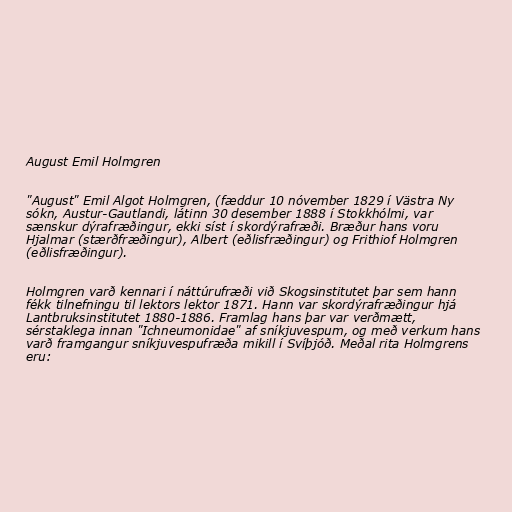
August Emil Holmgren

"August" Emil Algot Holmgren, (fæddur 10 nóvember 1829 í Västra Ny
sókn, Austur-Gautlandi, látinn 30 desember 1888 í Stokkhólmi, var
sænskur dýrafræðingur, ekki síst í skordýrafræði. Bræður hans voru
Hjalmar (stærðfræðingur), Albert (eðlisfræðingur) og Frithiof Holmgren
(eðlisfræðingur).

Holmgren varð kennari í náttúrufræði við Skogsinstitutet þar sem hann
fékk tilnefningu til lektors lektor 1871. Hann var skordýrafræðingur hjá
Lantbruksinstitutet 1880-1886. Framlag hans þar var verðmætt,
sérstaklega innan "Ichneumonidae" af sníkjuvespum, og með verkum hans
varð framgangur sníkjuvespufræða mikill í Svíþjóð. Meðal rita Holmgrens
eru: